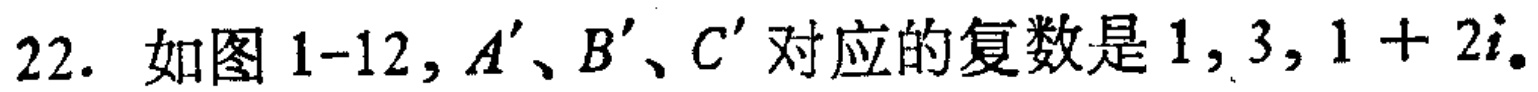
22. 如图 1-12, \(A'\)、\(B'\)、\(C'\)对应的复数是 \(1,3,1 + 2i\)。